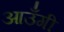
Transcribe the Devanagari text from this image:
आउँगी